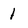
Character: 1